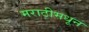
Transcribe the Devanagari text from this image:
मराठीमधून